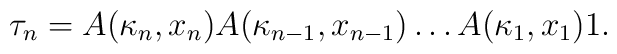
\tau_n = A(\kappa_n,x_n)A(\kappa_{n-1},x_{n-1})\dots A(\kappa_1,x_1)1.